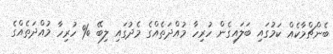
ބެންޗްމާކެއް ކަމުގައި ބަލައިގެން ހުރިހާ މުއްދަތެއްގެ މެދުގައި ލިބޭ % ހުރިހާ މުއްދަތެއްގެ